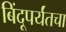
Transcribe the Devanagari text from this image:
बिंदूपर्यंतचा